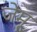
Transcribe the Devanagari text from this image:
जेमू